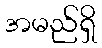
အမည်ရှိ